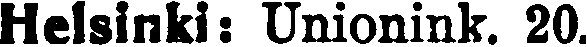
Helsinki: Unionink. 20.